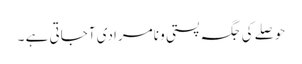
حوصلے کی جگہ پستی و نامرادی آجاتی ہے ۔